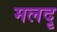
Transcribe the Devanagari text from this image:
मलदृ